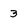
Character: 3